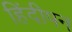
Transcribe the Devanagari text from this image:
हिंदीपन